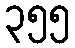
၃၅၅